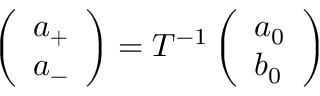
\begin{array} { r } { \left( \begin{array} { l } { a _ { + } } \\ { a _ { - } } \end{array} \right) = T ^ { - 1 } \left( \begin{array} { l } { a _ { 0 } } \\ { b _ { 0 } } \end{array} \right) } \end{array}